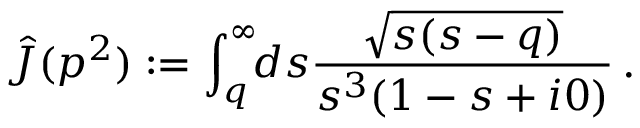
\hat { J } ( p ^ { 2 } ) : = \int _ { q } ^ { \infty } \! \! d s \frac { \sqrt { s ( s - q ) } } { s ^ { 3 } ( 1 - s + i 0 ) } \, .